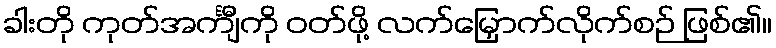
ခါးတို ကုတ်အင်္ကျီကို ဝတ်ဖို့ လက်မြှောက်လိုက်စဉ် ဖြစ်၏။